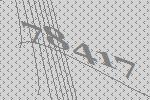
78417